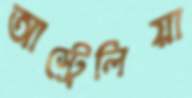
আস্ট্রেলিয়া